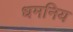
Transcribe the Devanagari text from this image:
धमनिय